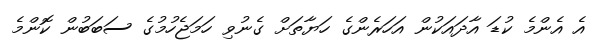
އެ އެންމެ ކުޑަ އާދައަކުން އަހަރެންގެ ހަޔާތަށް ގެނުވި ހަމަޖެހުމުގެ ސަބަބުން ކޮންމެ